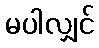
မပါလျှင်